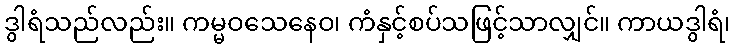
ဒွါရံသည်လည်း။ ကမ္မဝသေနေဝ၊ ကံနှင့်စပ်သဖြင့်သာလျှင်။ ကာယဒွါရံ၊